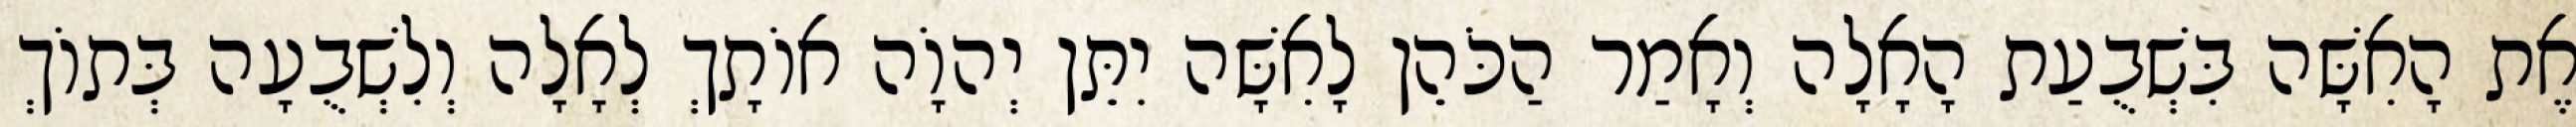
אֶת הָאִשָּׁה בִּשְׁבֻעַת הָאָלָה וְאָמַר הַכֹּהֵן לָאִשָּׁה יִתֵּן יְהוָֹה אוֹתָךְ לְאָלָה וְלִשְׁבֻעָה בְּתוֹךְ